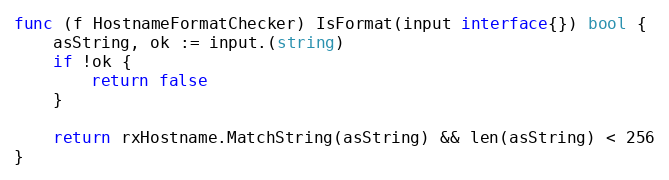
Language: Go
func (f HostnameFormatChecker) IsFormat(input interface{}) bool {
	asString, ok := input.(string)
	if !ok {
		return false
	}

	return rxHostname.MatchString(asString) && len(asString) < 256
}